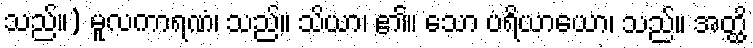
သည်။) မူလကာရဏံ၊ သည်။ သိယာ၊ ၏။ သော ပရိယာယော၊ သည်။ အတ္ထိ